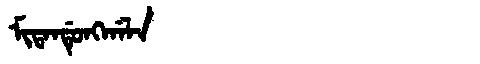
Manchu: ᠮᡳᡨᠠᠨᡩᡠᠩᡤᠠᠯᠠ
Romanization: MITANDUNGGALA